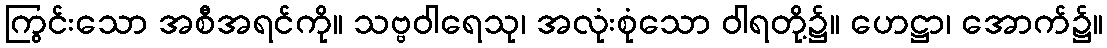
ကြွင်းသော အစီအရင်ကို။ သဗ္ဗဝါရေသု၊ အလုံးစုံသော ဝါရတို့၌။ ဟေဋ္ဌာ၊ အောက်၌။